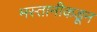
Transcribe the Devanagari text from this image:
मस्तानीकडून